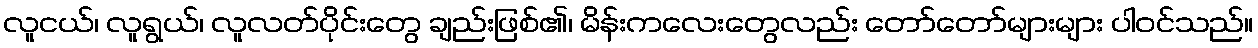
လူငယ်၊ လူရွယ်၊ လူလတ်ပိုင်းတွေ ချည်းဖြစ်၏၊ မိန်းကလေးတွေလည်း တော်တော်များများ ပါဝင်သည်။